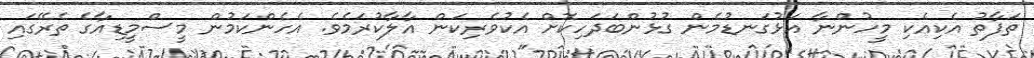
ތަފާތު އެކިއެކި މީހުންނާ އަޅުގަނޑުމެން ގުޅުންބަދަހިކޮށް އެކުވެރިކަން އާލާކުރަމެވެ. އެހެންކަމުން މީސްމީޑިއާގެ ތެރޭގައި